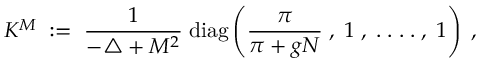
K ^ { M } \; : = \; \frac { 1 } { - \triangle + M ^ { 2 } } \; \mathrm { d i a g } \left( \frac { \pi } { \pi + g N } \; , \; 1 \; , \; . \; . \; . \; . \; , \; 1 \right) \; ,